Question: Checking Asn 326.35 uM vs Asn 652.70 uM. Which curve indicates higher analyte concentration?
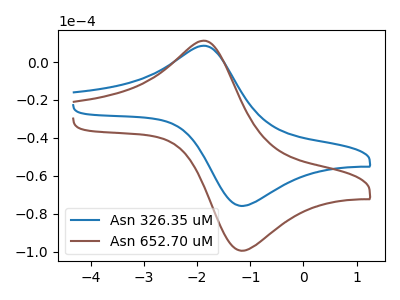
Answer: <think>The blue curve "Asn 326.35 uM" has an anodic peak at (-1.85V, 8.55uA) and a cathodic peak at (-1.15V, -75.95uA). The brown curve "Asn 652.70 uM" has an anodic peak at (-1.85V, 11.25uA) and a cathodic peak at (-1.15V, -99.55uA).
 All the peaks in "Asn 326.35 uM" have a peak in "Asn 652.70 uM" at the same potential. Every peak in "Asn 326.35 uM" is lower than every peak in "Asn 652.70 uM".</think>
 <answer>"Asn 326.35 uM" has less signal than "Asn 652.70 uM" and so likely has a lower concentration.</answer>
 <eval>less_concentration</eval>